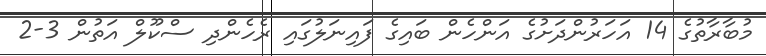
މުބާރާތުގެ 14 އަހަރުންދަށުގެ އަންހެން ބައިގެ ފައިނަލުގައި ރެހެންދި ސްކޫލް އަތުން 3-2